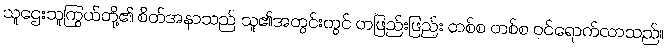
သူဌေးသူကြွယ်တို့၏ စိတ်အနာသည် သူ၏အတွင်းတွင် တဖြည်းဖြည်း တစ်စ တစ်စ ဝင်ရောက်လာသည်။